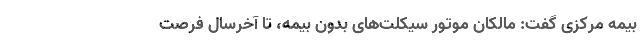
بیمه مرکزی گفت: مالکان موتور سیکلت‌های بدون بیمه، تا آخرسال فرصت